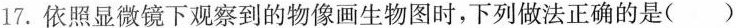
17.依照显微镜下观察到的物像画生物图时，下列做法正确的是()